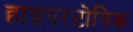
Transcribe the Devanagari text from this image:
हाइपरटोनिक